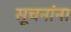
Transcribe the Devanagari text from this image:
सूचनांना